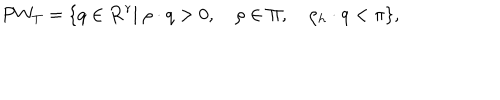
LaTeX: P W _ { T } = \{ q \in { \bf R } ^ { r } | \ \rho \cdot q > 0 , \quad \rho \in \Pi , \quad \rho _ { h } \cdot q < \pi \} ,